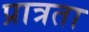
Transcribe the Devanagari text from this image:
प्रात्रता